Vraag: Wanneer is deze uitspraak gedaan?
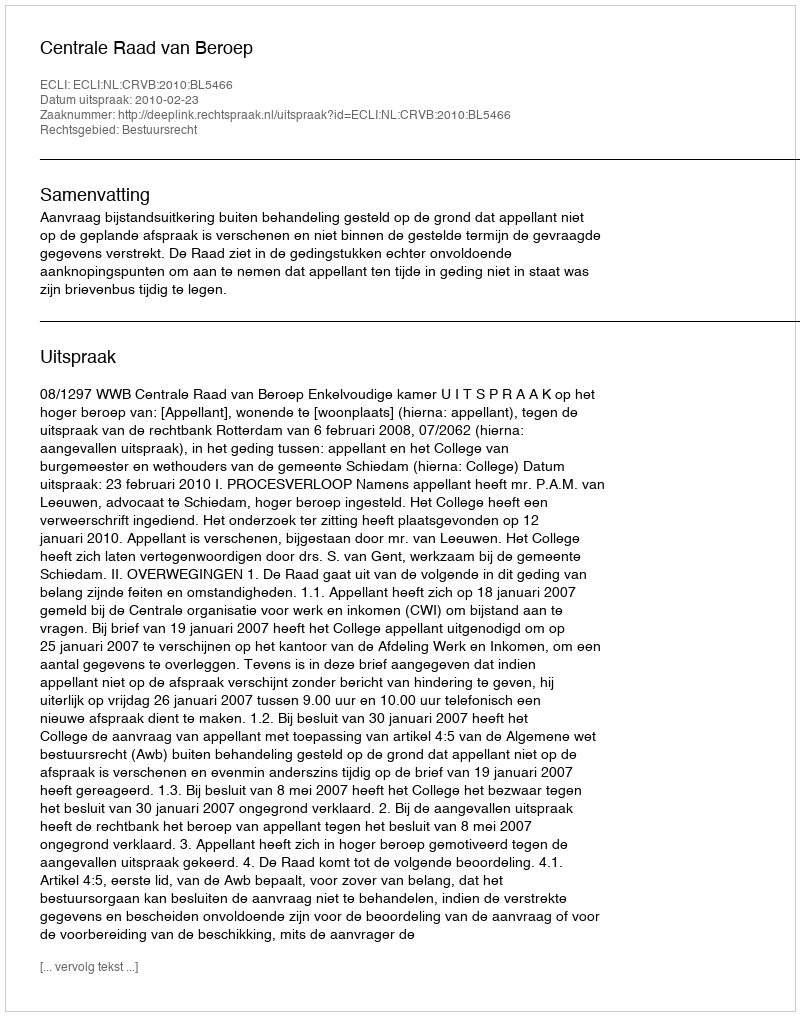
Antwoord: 2010-02-23